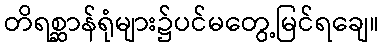
တိရစ္ဆာန်ရုံများ၌ပင်မတွေ့မြင်ရချေ။